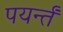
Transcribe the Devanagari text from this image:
पयर्न्तं